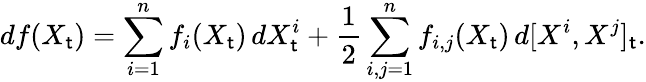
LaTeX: df(X_{\mathsf{t}})=\sum_{i=1}^{n}f_{i}(X_{\mathsf{t}})\, dX_{\mathsf{t}}^{i}+{\frac{{1}}{{2}}}\sum_{i,j=1}^{n}f_{i,j}(X_{\mathsf{t}})\, d[X^{i},X^{j}]_{\mathsf{t}}.